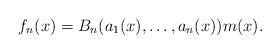
LaTeX: \begin{align*} f_{n}(x)= B_{n}(a_{1}(x), \ldots, a_{n}(x))m(x). \end{align*}